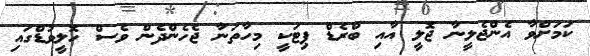
ކަމަށްވާ އެންޖެލީނާ ޖޮލީ އާއި ބްރެޑް ޕިޓަކީ މިހާތަނާ ޖެހެންދެން ވެސް ހޮލީވުޑްގައި